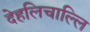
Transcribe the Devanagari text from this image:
देहलिचाल्लि